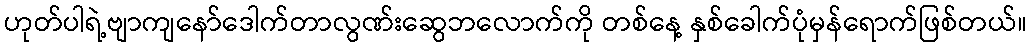
ဟုတ်ပါရဲ့ဗျာကျနော်ဒေါက်တာလွဏ်းဆွေဘလောက်ကို တစ်နေ့ နှစ်ခေါက်ပုံမှန်ရောက်ဖြစ်တယ်။